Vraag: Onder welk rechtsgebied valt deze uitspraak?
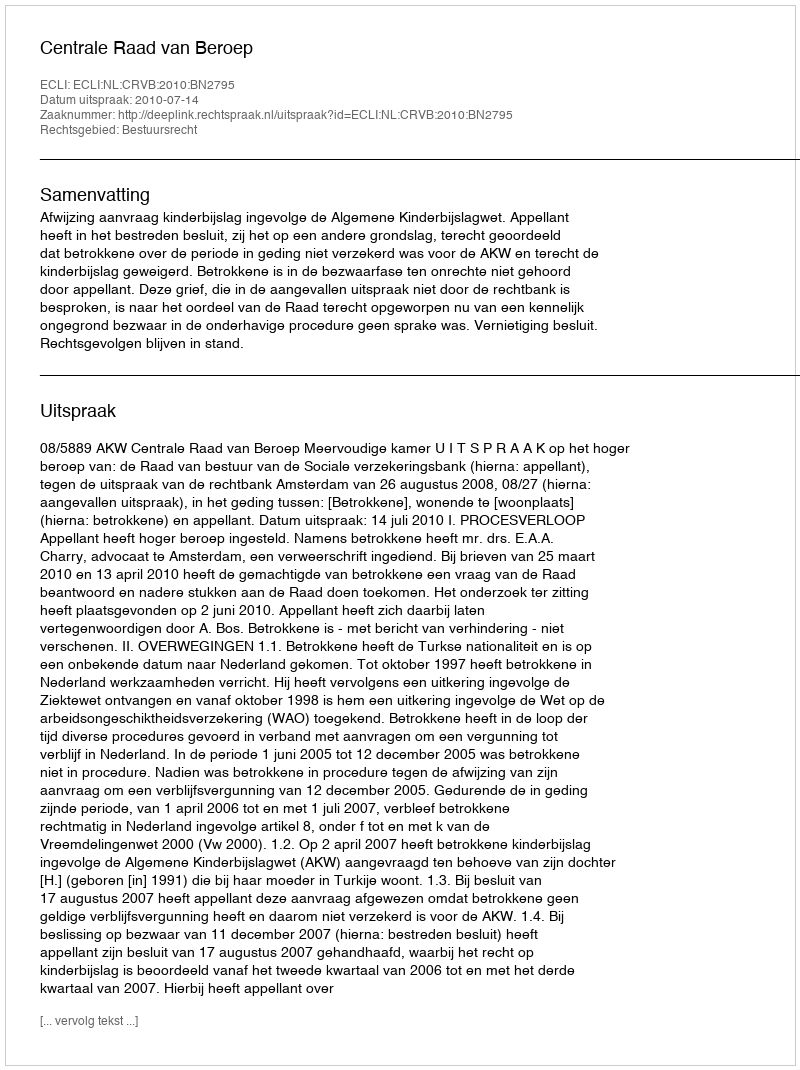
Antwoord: Bestuursrecht